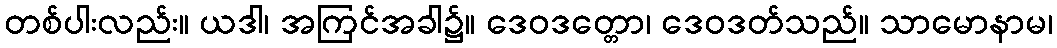
တစ်ပါးလည်း။ ယဒါ၊ အကြင်အခါ၌။ ဒေဝဒတ္တော၊ ဒေဝဒတ်သည်။ သာမောနာမ၊